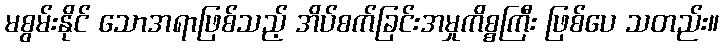
မစွမ်းနိုင် သောအရာဖြစ်သည့် အိပ်စက်ခြင်းအမှုကိစ္စကြီး ဖြစ်ပေ သတည်း။